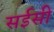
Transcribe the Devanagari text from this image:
सईसी